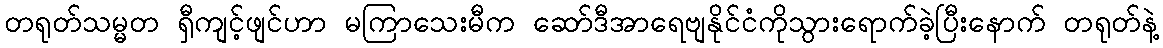
တရုတ်သမ္မတ ရှီကျင့်ဖျင်ဟာ မကြာသေးမီက ဆော်ဒီအာရေဗျနိုင်ငံကိုသွားရောက်ခဲ့ပြီးနောက် တရုတ်နဲ့